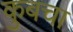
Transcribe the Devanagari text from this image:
कुबचा